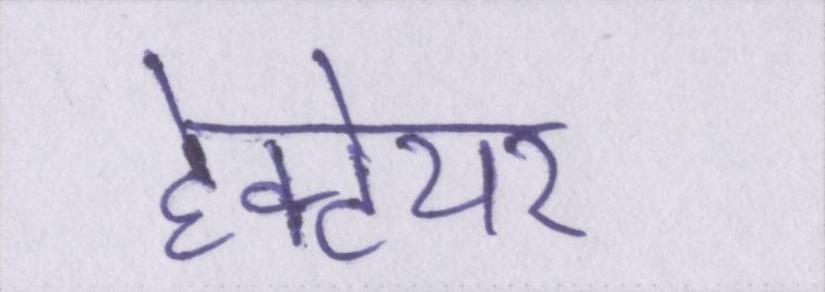
हेक्टेयर